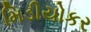
મિડીયોકર